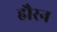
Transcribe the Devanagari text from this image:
हौरन